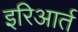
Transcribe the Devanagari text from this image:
इरिआर्त